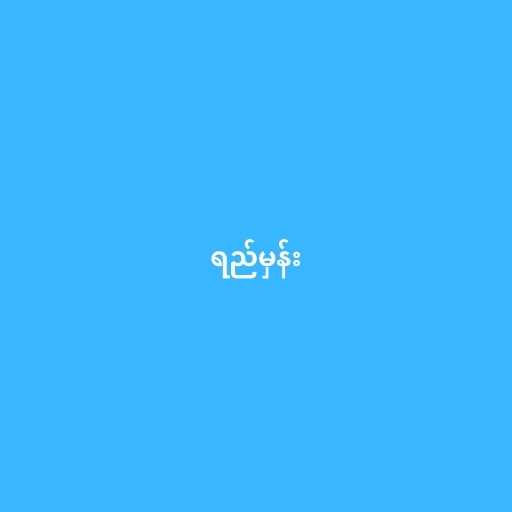
ရည်မှန်း